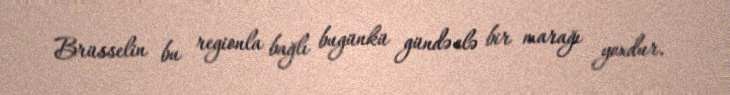
Brüsselin bu regionla bağlı bugünkü gündə elə bir marağı yoxdur.